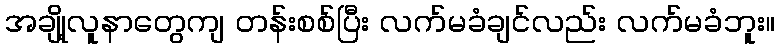
အချို့လူနာတွေကျ တန်းစစ်ပြီး လက်မခံချင်လည်း လက်မခံဘူး။